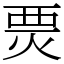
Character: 㶾